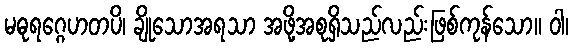
မဓုရဂ္ဂေဟတပိ၊ ချိုသောအရသာ အဖို့အစုရှိသည်လည်းဖြစ်ကုန်သော။ ဝါ၊